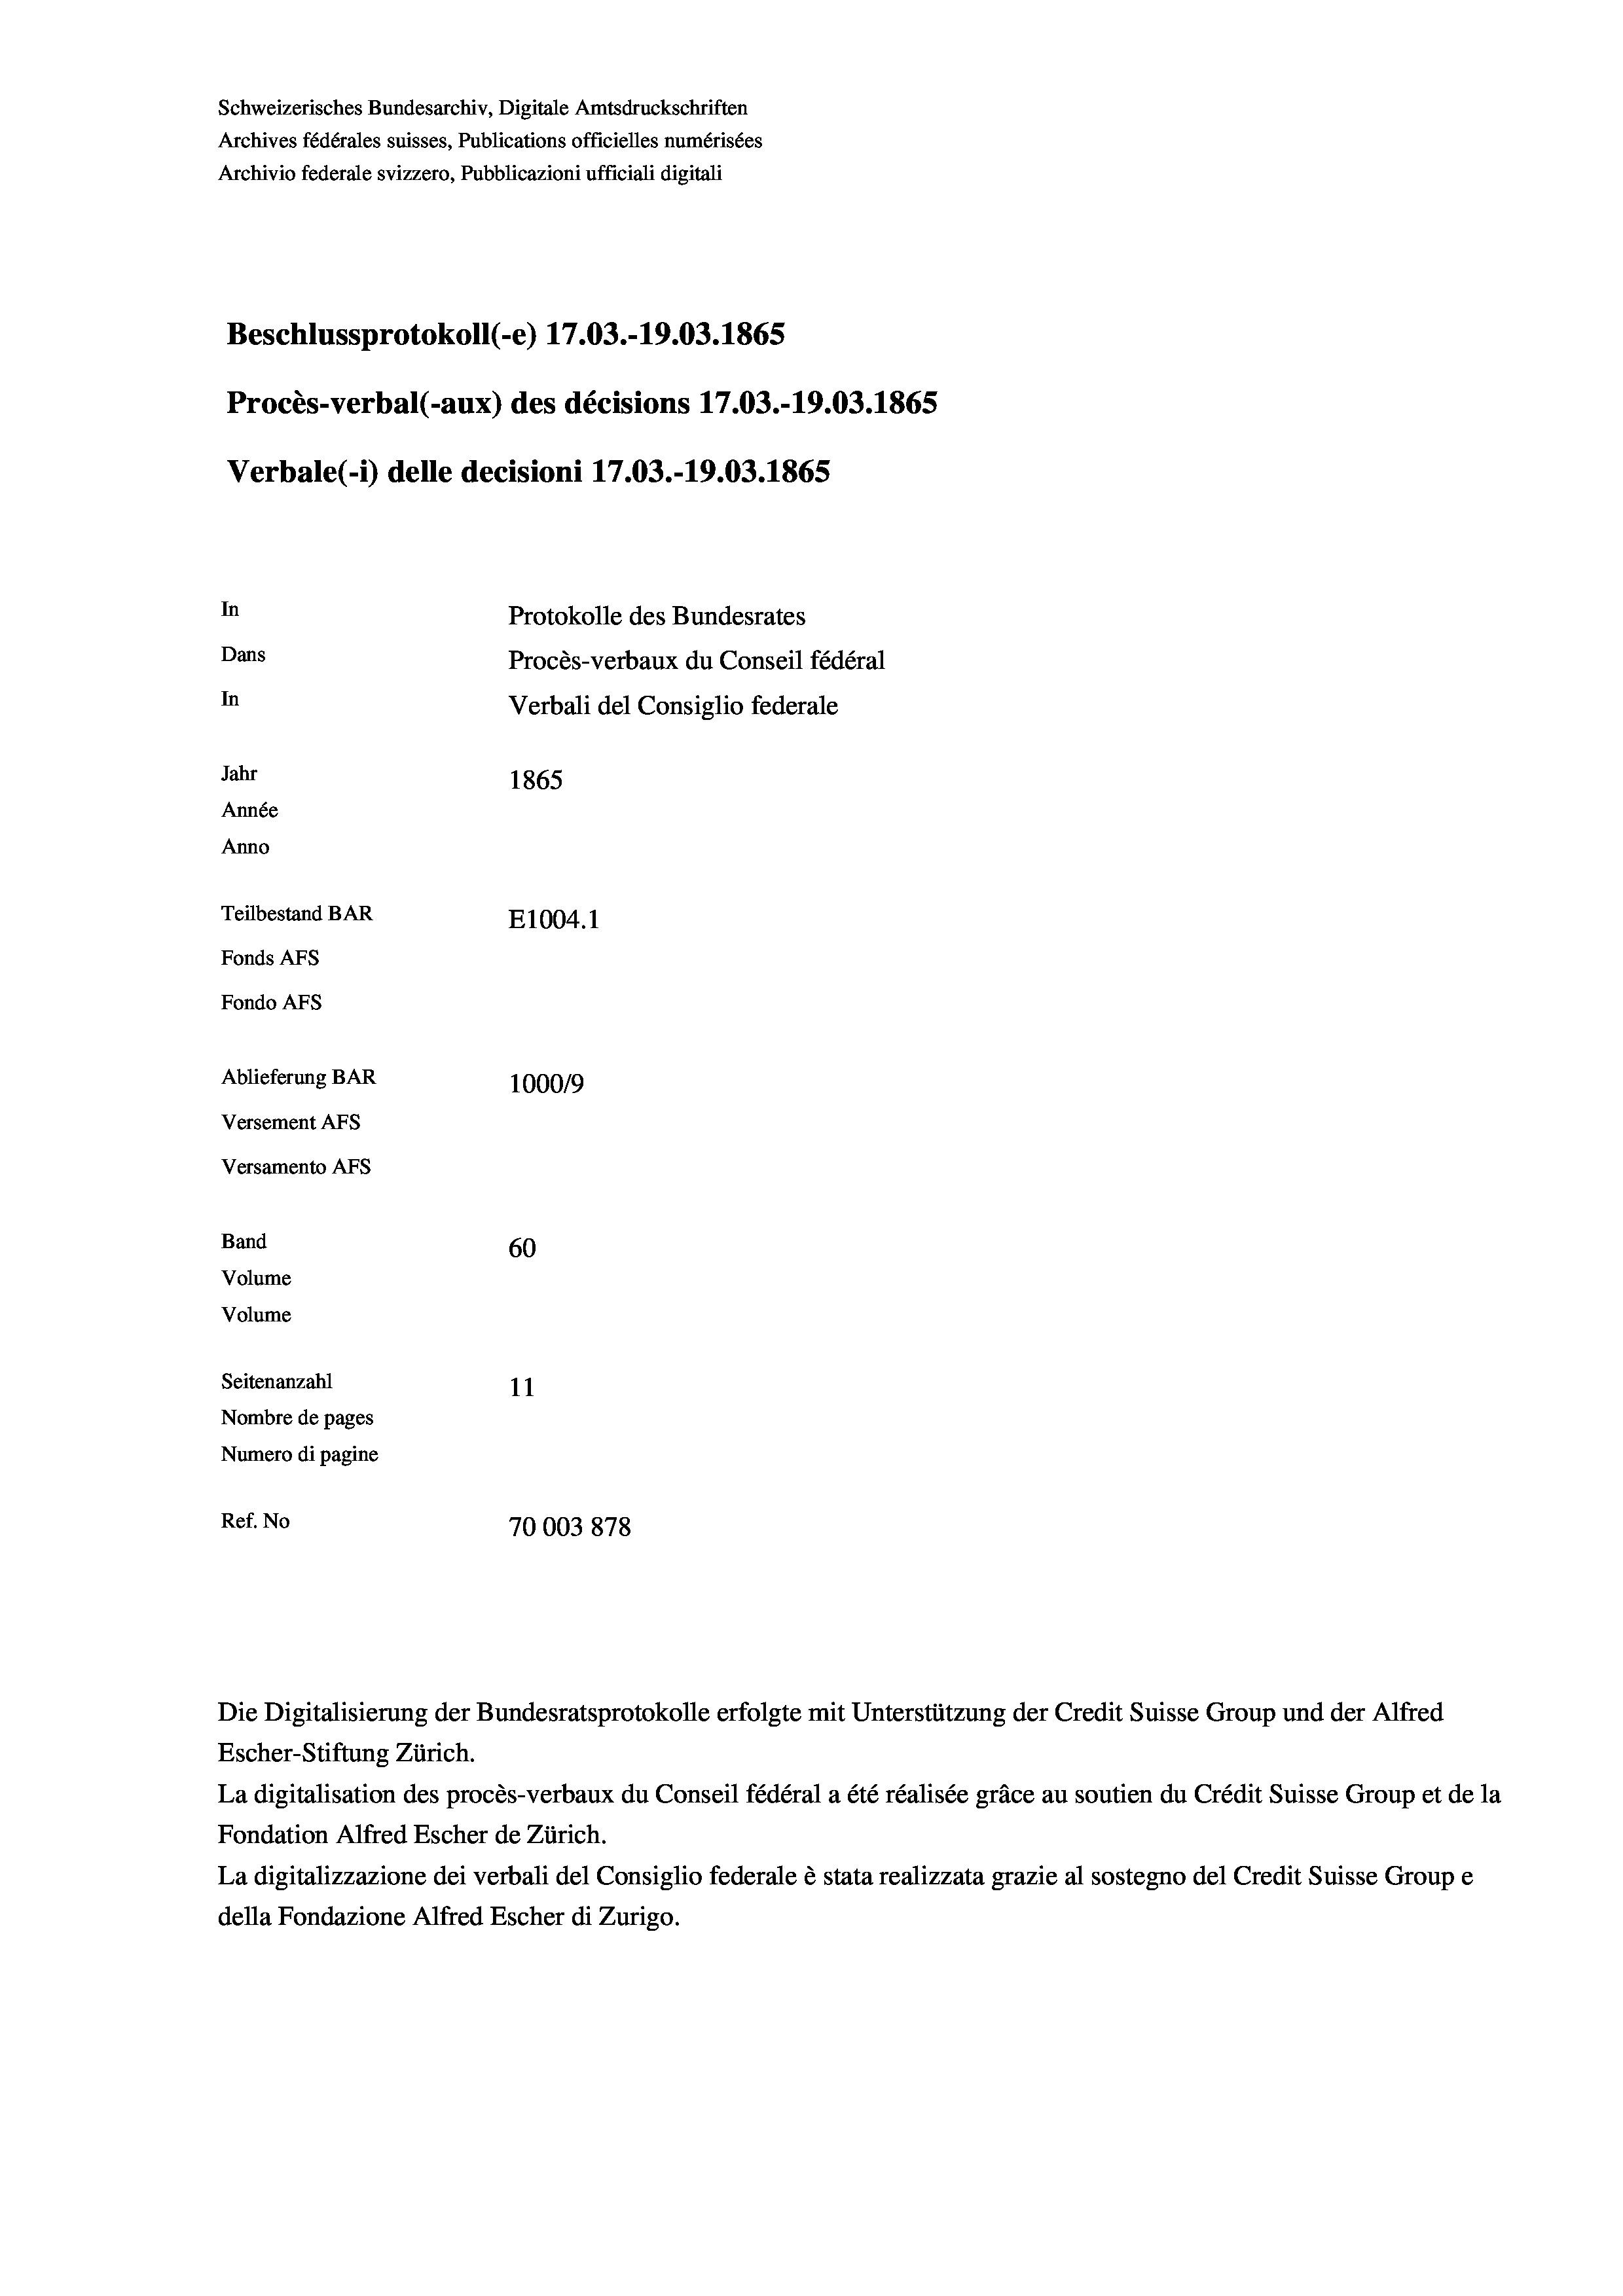
Schweizerisches Bundesarchiv, Digitale Amtsdruckschriften
Archives fédérales suisses, Publications officielles numérisées
Archivio federale svizzero, Pubblicazioni ufficiali digitali
Beschlussprotokoll (-e) 17.03.-19.03. 1865
Procès-verbal (-aux) des décisions 17.03.-19.03. 1865
Verbale(*) delle decisioni 17.03.-19.03. 1865
In
Protokolle des Bundesrates
Dans
Procès-verbaux du Conseil fédéral
In
Verbali del Consiglio federale
Jahr
1865
Année
Anno
Teilbestand BAR
E1004.1
Fonds AFs
Fondo Afs
Ablieferung BAR
100019
Versement AFs
Versamento AFs
Band
60
Volume
Volume
Seitenanzahl
11
Nombre de pages
Numero di pagine
Ref. No
70003878

La digitalisation des procès-verbaux du Conseil fédéral a été réalisée gräce au soutien du Crédit Suisse Group et de la
Fondation Alfred Escher de Zürich.
La digitalizzazione dei verbali del Consiglio federale è stata realizzata grazie al sostegno del Credit Suisse Groupe
della Fondazione Alfred Escher di Zurigo.

Die Digitalisierung der Bundesratsprotokolle erfolgte mit Unterstützung der Credit Suisse Group und der Alfred
Escher-Stiftung Zürich.